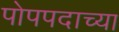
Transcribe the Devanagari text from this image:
पोपपदाच्या